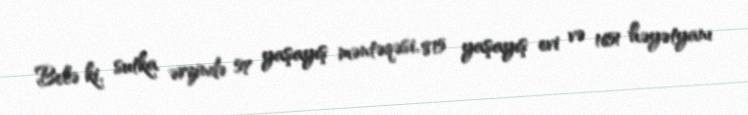
Belə ki, sutka ərzində 57 yaşayış məntəqəsi, 815 yaşayış evi və 1651 həyətyanı